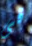
فى